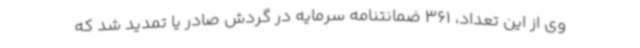
وی از این تعداد، 361 ضمانتنامه سرمایه در گردش صادر یا تمدید شد که